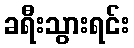
ခရီးသွားရင်း